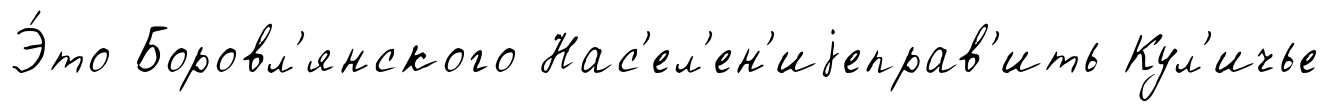
Э́то Боровл'янского Нас'ел'ен'иjеправ'ить Кул'ичье